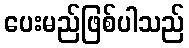
ပေးမည်ဖြစ်ပါသည်